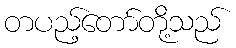
တပည့်တော်တို့သည်